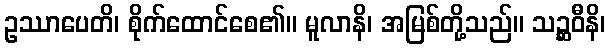
ဥဿာပေတိ၊ စိုက်ထောင်စေ၏။ မူလာနိ၊ အမြစ်တို့သည်။ သဉ္ဆဝီနိ၊